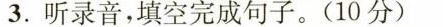
3.听录音，填空完成句子。（10分）